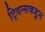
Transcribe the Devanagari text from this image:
ट्विन्सकडून